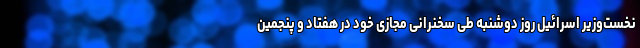
نخست‌وزیر اسرائیل روز دوشنبه طی سخنرانی مجازی خود در هفتاد و پنجمین